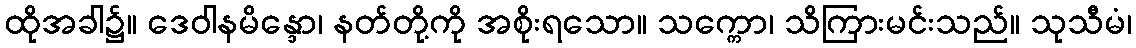
ထိုအခါ၌။ ဒေဝါနမိန္ဒော၊ နတ်တို့ကို အစိုးရသော။ သက္ကော၊ သိကြားမင်းသည်။ သုသီမံ၊